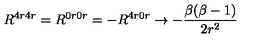
R ^ { 4 r 4 r } = R ^ { 0 r 0 r } = - R ^ { 4 r 0 r } \rightarrow - \frac { \beta ( \beta - 1 ) } { 2 r ^ { 2 } }